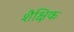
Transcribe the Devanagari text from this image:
शैक्षिक